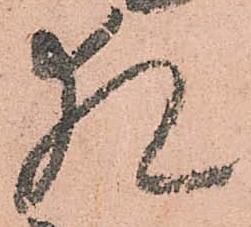
猶